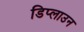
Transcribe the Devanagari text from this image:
डिप्लाउन